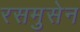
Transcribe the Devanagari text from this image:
रसमुसेन